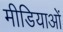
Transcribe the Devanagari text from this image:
मीडियाओं